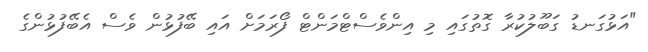
"އަޅުގަނޑު ގަބޫލުކުރާ ގޮތުގައި މި އިންވެސްޓްމަންޓް ފޯރަމަށް އައި ބޭފުޅުން ވެސް އެބޭފުޅުންގެ